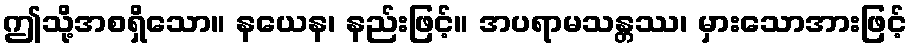
ဤသို့အစရှိသော။ နယေန၊ နည်းဖြင့်။ အပရာမသန္တဿ၊ မှားသောအားဖြင့်